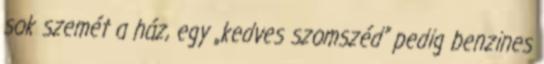
sok szemét a ház, egy „kedves szomszéd” pedig benzines